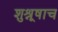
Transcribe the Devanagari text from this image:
शुश्रूषाच